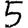
Digit: 5